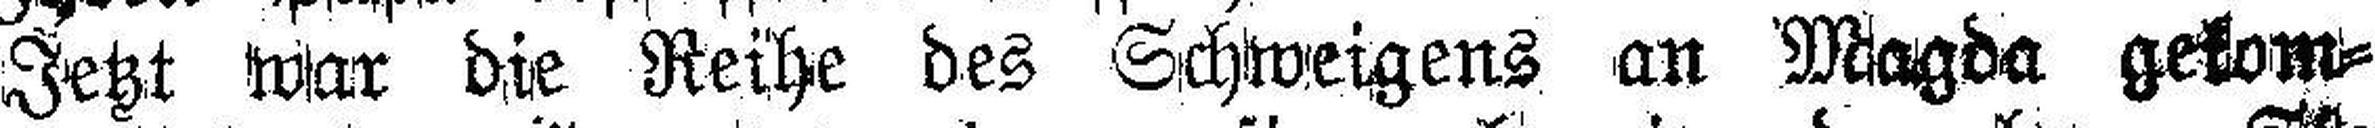
Jetzt war die Reihe des Schweigens an Magda gekom¬